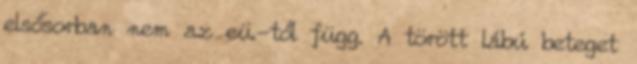
elsősorban nem az eü.-től függ. A törött lábú beteget